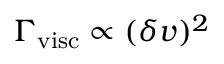
\Gamma _ { \mathrm { v i s c } } \propto ( \delta v ) ^ { 2 }